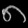
Digit: ၈